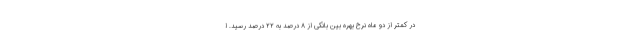
در کمتر از دو ماه نرخ بهره بین بانکی از ۸ درصد به ۲۲ درصد رسید. ا